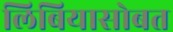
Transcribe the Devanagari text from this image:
लिबियासोबत